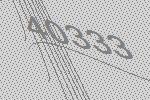
40333